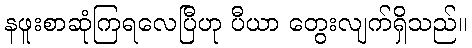
နဖူးစာဆုံကြရလေပြီဟု ပီယာ တွေးလျက်ရှိသည်။